Plague in India, 1896, 1897 - Volume 3
Year: 1896
Disease focus: Plague
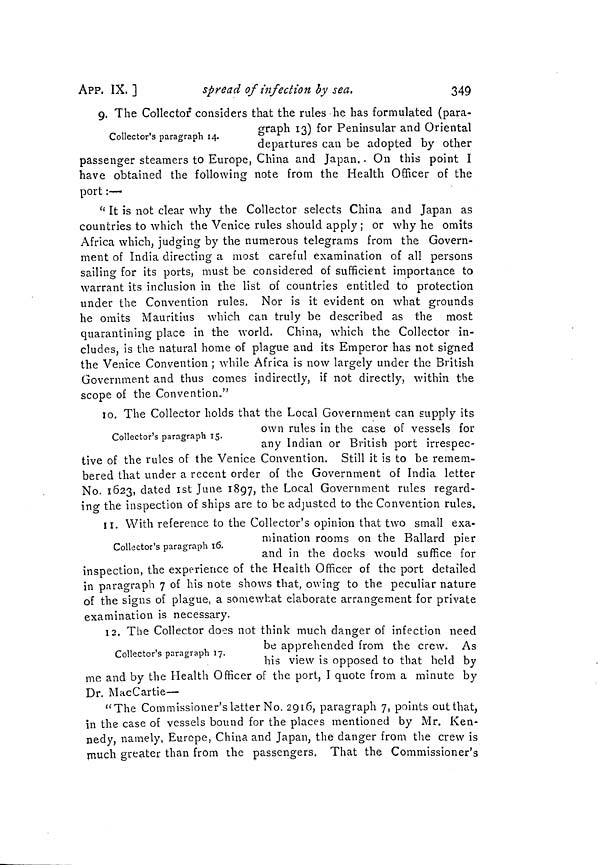
349
APP. IX. ]
spread of infection by sea,
9. The Collector considers that the rules he has formulated (para-
Collector's paragraph 14.
graph 13) for Peninsular and Oriental
departures can be adopted by other
passenger steamers to Europe, China and Japan.. On this point I
have obtained the following note from the Health Officer of the
port :—-
" It is not clear why the Collector selects China and Japan as
countries to which the Venice rules should apply ; or why he omits
Africa which, judging by the numerous telegrams from the Govern-
ment of India directing a most careful examination of all persons
sailing for its ports, must be considered of sufficient importance to
warrant its inclusion in the list of countries entitled to protection
under the Convention rules. Nor is it evident on what grounds
he omits Mauritius which can truly be described as the most
quarantining place in the world. China, which the Collector in-
cludes, is the natural home of plague and its Emperor has not signed
the Venice Convention ; while Africa is now largely under the British
Government and thus comes indirectly, if not directly, within the
scope of the Convention."
10. The Collector holds that the Local Government can supply its
Collector's paragraph 15.
own rules in the case or vessels tor
any Indian or British port irrespec-
tive of the rules of the Venice Convention. Still it is to be remem-
bered that under a recent order of the Government of India letter
No. 1623, dated 1st June 1897, the Local Government rules regard-
ing the inspection of ships are to be adjusted to the Convention rules.
11. With reference to the Collector's opinion that two small exa-
Collector's paragraph 16.
mination rooms on the Ballard pier
and in the docks would suffice for
inspection, the experience of the Health Officer of the port detailed
in paragraph 7 of his note shows that, owing to the peculiar nature
of the signs of plague, a somewhat elaborate arrangement for private
examination is necessary.
12. The Collector does not think much danger of infection need
Collector's paragraph 17.
be apprehended from the crew. As
his view is opposed to that held by
me and by the Health Officer of the port, I quote from a minute by
Dr. MacCartie—
"The Commissioner's letter No. 2916, paragraph 7, points out that,
in the case of vessels bound for the places mentioned by Mr. Ken-
nedy, namely, Europe, China and Japan, the danger from the crew is
much greater than from the passengers. That the Commissioner's